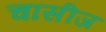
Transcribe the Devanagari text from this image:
चासीज